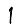
Digit: 1